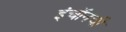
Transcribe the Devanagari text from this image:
इंचॉनची